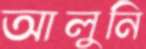
আলুনি